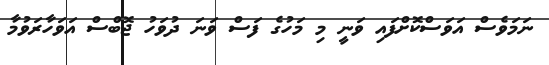
ނަމަވެސް އަވަސްކޮށްފައި ވަނީ މި މަހުގެ ފަސް ވަނަ ދުވަހު ޖޮބްސް އަވަހާރަވުމާ